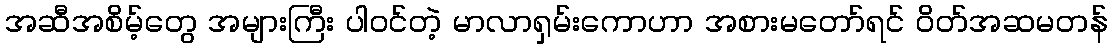
အဆီအစိမ့်တွေ အများကြီး ပါဝင်တဲ့ မာလာရှမ်းကောဟာ အစားမတော်ရင် ဝိတ်အဆမတန်